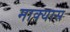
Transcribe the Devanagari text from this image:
माक्यास